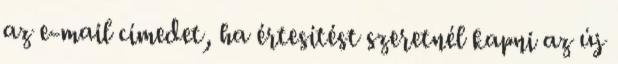
az e-mail címedet, ha értesítést szeretnél kapni az új